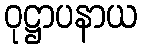
ဝုဋ္ဌာပနာယ